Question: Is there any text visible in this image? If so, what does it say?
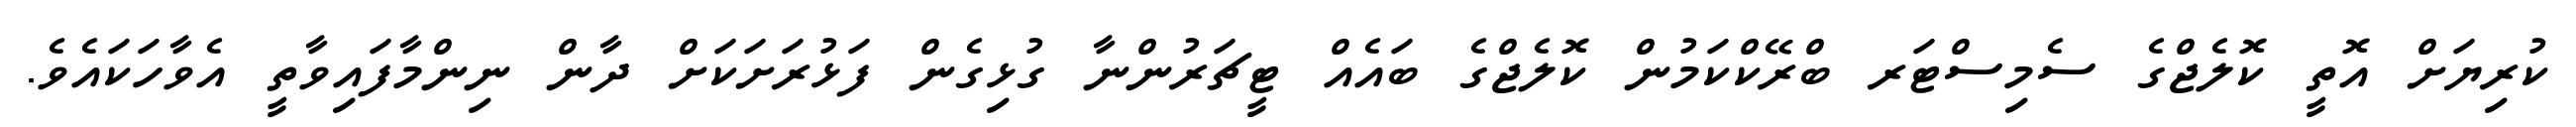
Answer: ކުރިޔަށް އޮތީ ކޮލެޖްގެ ސެމިސްޓަރ ބްރޭކްކަމުން ކޮލެޖްގެ ބައެއް ޓީޗަރުންނާ ގުޅިގެން ފަޅުރަށަކަށް ދާން ނިންމާފައިވާތީ އެވާހަކައެވެ.